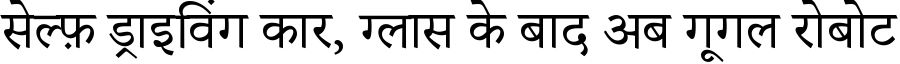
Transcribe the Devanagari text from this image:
सेल्फ़ ड्राइविंग कार, ग्लास के बाद अब गूगल रोबोट